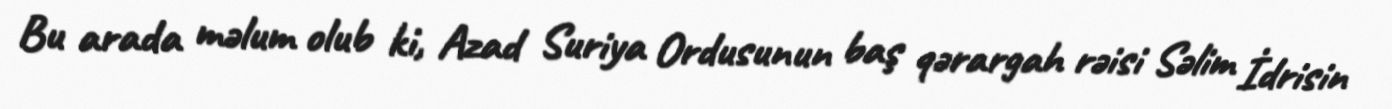
Bu arada məlum olub ki, Azad Suriya Ordusunun baş qərargah rəisi Səlim İdrisin